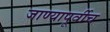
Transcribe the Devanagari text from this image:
जाण्यापूर्वीच